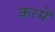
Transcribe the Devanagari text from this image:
करमें